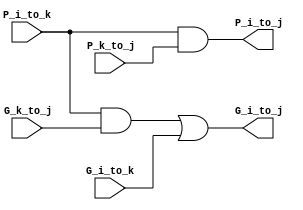
module black_cell (
	input G_i_to_k,  
	input P_i_to_k, 
	input G_k_to_j,
	input P_k_to_j,

	output G_i_to_j,
	output P_i_to_j
);
	assign G_i_to_j = (P_i_to_k & G_k_to_j) | G_i_to_k;
	assign P_i_to_j = P_i_to_k & P_k_to_j;

endmodule